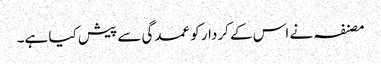
مصنفہ نے اس کے کردار کو عمدگی سے پیش کیا ہے۔